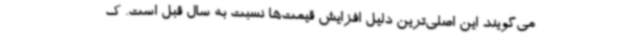
می‌گویند این اصلی‌ترین دلیل افزایش قیمت‌ها نسبت به سال قبل است. ک